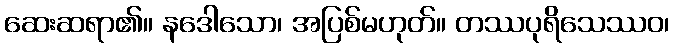
ဆေးဆရာ၏။ နဒေါသော၊ အပြစ်မဟုတ်။ တဿပုရိသေဿဝ၊